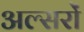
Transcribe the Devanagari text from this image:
अल्सरों